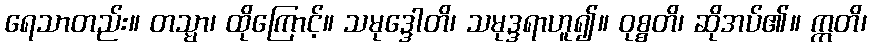
ရေသာတည်း။ တသ္မာ၊ ထိုကြောင့်။ သမုဒ္ဒေါတိ၊ သမုဒ္ဒရာဟူ၍။ ဝုစ္စတိ၊ ဆိုအပ်၏။ ဣတိ၊